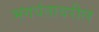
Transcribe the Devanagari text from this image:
भगवंतावरील